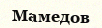
Мамедов